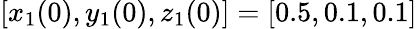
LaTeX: [x_{1}(0),y_{1}(0),z_{1}(0)]=[0.5,0.1,0.1]